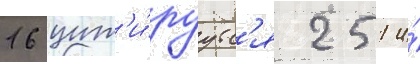
16 цит'и́руутс'я 251 и́